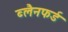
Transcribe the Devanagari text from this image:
ब्लैनफर्ड